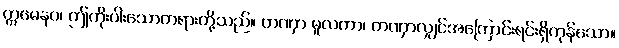
ဣမေနဝ၊ ဤကိုးပါးသောတရားတို့သည်။ တဏှာ မူလကာ၊ တဏှာလျှင်အကြောင်းရင်းရှိကုန်သော။